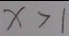
x > 1